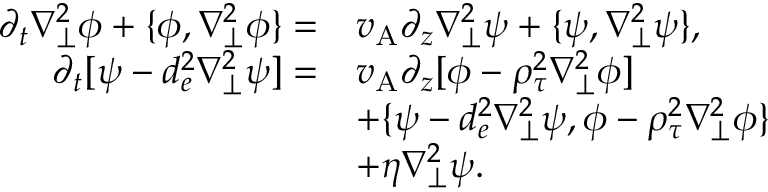
\begin{array} { r l } { \partial _ { t } \nabla _ { \perp } ^ { 2 } \phi + \{ \phi , \nabla _ { \perp } ^ { 2 } \phi \} = } & { v _ { \mathrm { A } } \partial _ { z } \nabla _ { \perp } ^ { 2 } \psi + \{ \psi , \nabla _ { \perp } ^ { 2 } \psi \} , } \\ { \partial _ { t } [ \psi - d _ { e } ^ { 2 } \nabla _ { \perp } ^ { 2 } \psi ] = } & { v _ { \mathrm { A } } \partial _ { z } [ \phi - \rho _ { \tau } ^ { 2 } \nabla _ { \perp } ^ { 2 } \phi ] } \\ & { + \{ \psi - d _ { e } ^ { 2 } \nabla _ { \perp } ^ { 2 } \psi , \phi - \rho _ { \tau } ^ { 2 } \nabla _ { \perp } ^ { 2 } \phi \} } \\ & { + \eta \nabla _ { \perp } ^ { 2 } \psi . } \end{array}